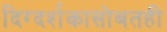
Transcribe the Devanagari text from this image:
दिग्दर्शकासोबतही